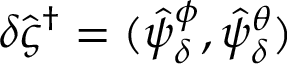
\delta \hat { \varsigma } ^ { \dagger } = ( \hat { \psi } _ { \delta } ^ { \phi } , \hat { \psi } _ { \delta } ^ { \theta } )